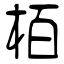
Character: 栢